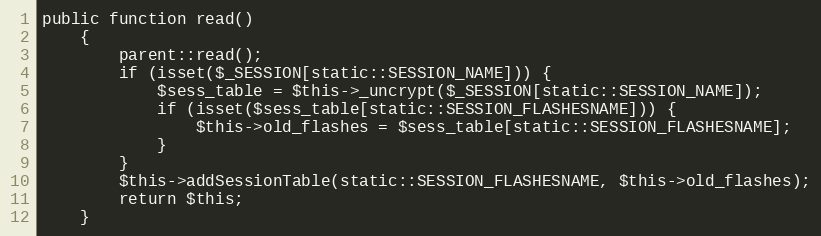
Language: PHP
public function read()
    {
        parent::read();
        if (isset($_SESSION[static::SESSION_NAME])) {
            $sess_table = $this->_uncrypt($_SESSION[static::SESSION_NAME]);
            if (isset($sess_table[static::SESSION_FLASHESNAME])) {
                $this->old_flashes = $sess_table[static::SESSION_FLASHESNAME];
            }
        }
        $this->addSessionTable(static::SESSION_FLASHESNAME, $this->old_flashes);
        return $this;
    }